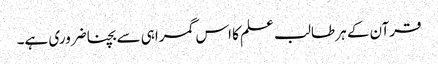
قرآن کے ہر طالب علم کا اس گمراہی سے بچنا ضروری ہے۔